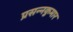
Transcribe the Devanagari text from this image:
प्रसन्‍नकुमार